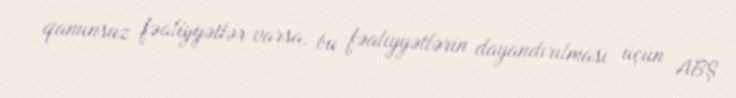
qanunsuz fəaliyyətlər varsa, bu fəaliyyətlərin dayandırılması üçün ABŞ